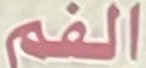
الفم